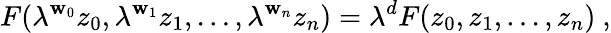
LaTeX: F(\lambda^{\mathbf{w}_{0}}z_{0},\lambda^{\mathbf{w}_{1}}z_{1},\ldots,\lambda^{\mathbf{w}_{n}}z_{n})=\lambda^{d}F(z_{0},z_{1},\ldots,z_{n})\ ,